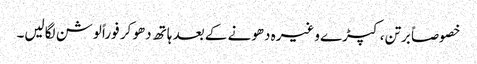
خصوصاً برتن، کپڑے وغیرہ دھونے کے بعد ہاتھ دھو کر فوراً لوشن لگالیں۔